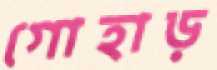
গোহাড়